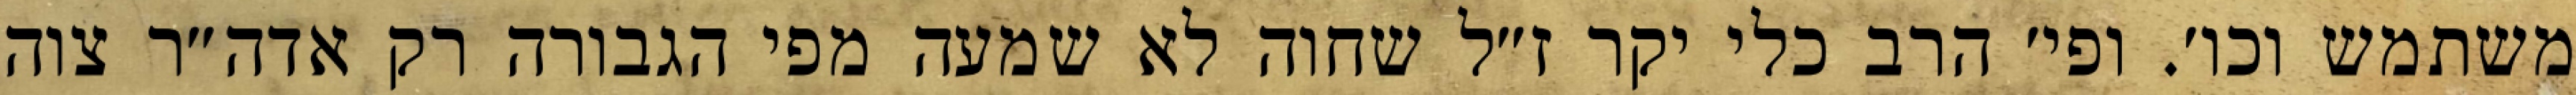
משתמש וכו׳. ופי׳ הרב כלי יקר ז״ל שחוה לא שמעה מפי הגבורה רק אדה״ר צוה